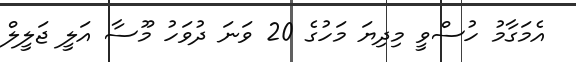
އެމަގާމު ހުސްވީ މިދިޔަ މަހުގެ 20 ވަނަ ދުވަހު މޫސާ އަލީ ޖަލީލް